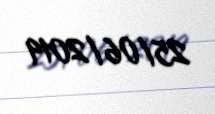
25/06/2019